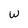
Character: w